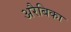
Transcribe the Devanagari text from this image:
अरैबिका